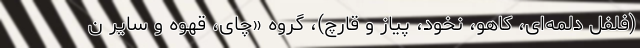
(فلفل دلمه‌ای، کاهو، نخود، پیاز و قارچ)، گروه «چای، قهوه و سایر ن